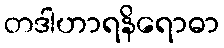
တဒါဟာရနိရောဓာ